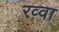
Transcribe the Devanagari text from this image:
रव्वा